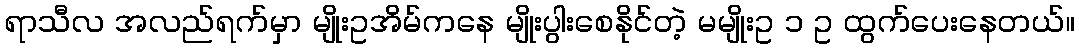
ရာသီလ အလည်ရက်မှာ မျိုးဥအိမ်ကနေ မျိုးပွါးစေနိုင်တဲ့ မမျိုးဥ ၁ ဥ ထွက်ပေးနေတယ်။